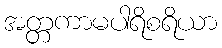
အတ္တကာမပါရိစရိယာ